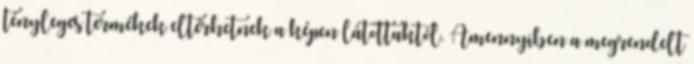
tényleges termékek eltérhetnek a képen látottaktól. Amennyiben a megrendelt